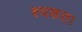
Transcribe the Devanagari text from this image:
श्यकता